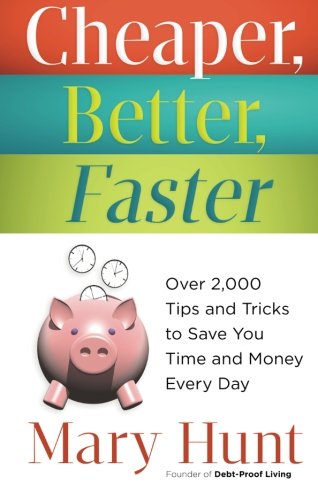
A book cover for Cheaper, Better, Faster: Over 2,000 Tips and Tricks to Save You Time and Money Every Day; Mary Hunt; Reference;